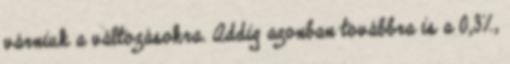
várniuk a változásokra. Addig azonban továbbra is a 0,3%,